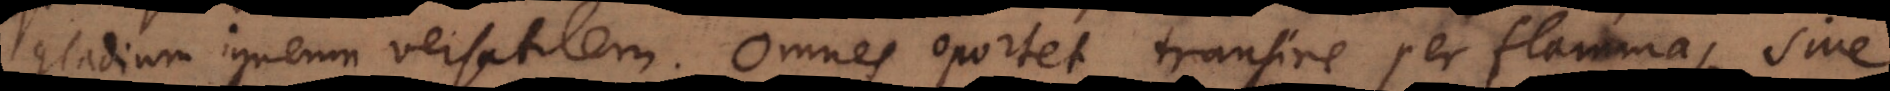
gladium igneum versatilem. Omnes oportet transire per flammas, sive